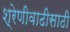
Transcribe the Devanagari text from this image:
श्रेणीवाढीसाठी